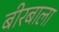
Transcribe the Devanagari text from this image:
बीरबाला